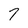
Character: 7